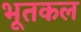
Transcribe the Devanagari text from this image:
भूतकल